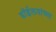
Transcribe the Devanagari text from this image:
डाॅईलयांच्या